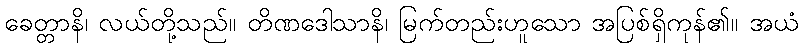
ခေတ္တာနိ၊ လယ်တို့သည်။ တိဏဒေါသာနိ၊ မြက်တည်းဟူသော အပြစ်ရှိကုန်၏။ အယံ